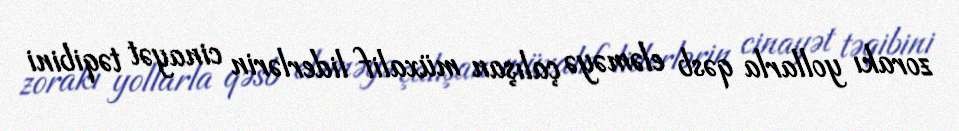
zorakı yollarla qəsb eləməyə çalışan müxalif liderlərin cinayət təqibini